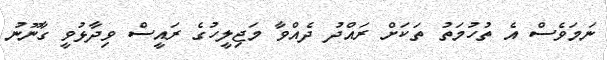
ނަމަވެސް އެ ތުހުމަތު ތަކަށް ރައްދު ދެއްވާ މަޖިލީހުގެ ރައީސް ވިދާޅުވީ ގާނޫނު